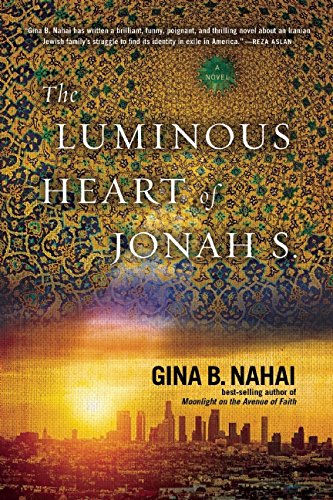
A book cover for The Luminous Heart of Jonah S.; Gina B. Nahai; Literature & Fiction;